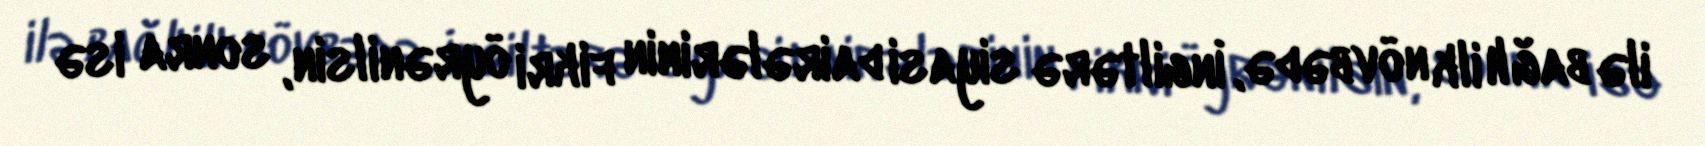
ilə bağlı ilk növbədə, İngiltərə siyasi dairələrinin fikri öyrənilsin, sonra isə